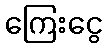
ကြေးငွေ